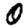
Digit: 0